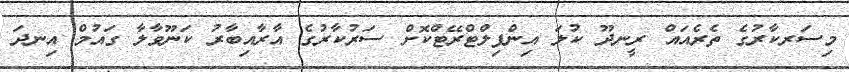
މިސަރކާރުގެ ތެރެއައް ރީނދޫ ކުލަ އިންފިލްޓްރޭޓްކޮށް ސަރުކާރުގެ އާރާއިބާރު ކަނޫވާލާ ގައުމް އިނދަ